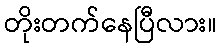
တိုးတက်နေပြီလား။